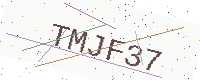
Text: TMJF37